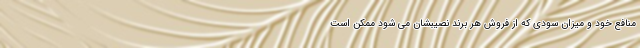
منافع خود و میزان سودی که از فروش هر برند نصیبشان می شود ممکن است